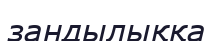
зандылыққа